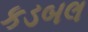
કડબલ